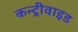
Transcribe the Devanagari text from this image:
कन्ट्रीवाइड